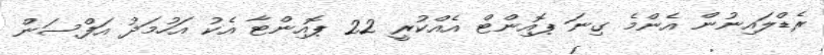
ރެޑްލައިނުން އެންމެ ގިނަ ޕޮއިންޓް އެއްކުރީ 22 ޕޮއިންޓާ އެކު އަހުމަދު އަފްސަން